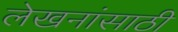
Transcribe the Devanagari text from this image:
लेखनांसाठी